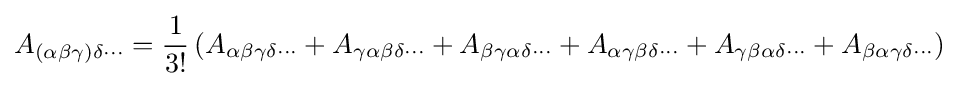
A_{(\alpha \beta \gamma )\delta \cdots }={\dfrac {1}{3!}}\left(A_{\alpha \beta \gamma \delta \cdots }+A_{\gamma \alpha \beta \delta \cdots }+A_{\beta \gamma \alpha \delta \cdots }+A_{\alpha \gamma \beta \delta \cdots }+A_{\gamma \beta \alpha \delta \cdots }+A_{\beta \alpha \gamma \delta \cdots }\right)